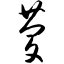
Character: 庆